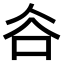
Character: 𧮫